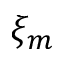
\xi _ { m }